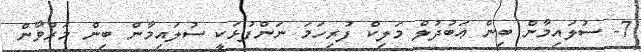
7- ސުލައިމާން ބިން ޢަބުދުލް މަލިކް ފުރިހަމަ ނަންފުޅަކީ ސުލައިމާން ބިން މަރުވާން